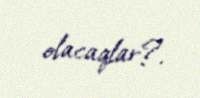
olacaqlar?.